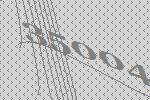
35004